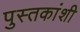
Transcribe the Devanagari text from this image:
पुस्तकांशी